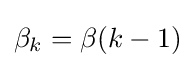
\mathbf {\beta } _{k}=\mathbf {\beta } (k-1)